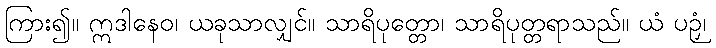
ကြား၍။ ဣဒါနေဝ၊ ယခုသာလျှင်။ သာရိပုတ္တော၊ သာရိပုတ္တရာသည်။ ယံ ပဉှံ၊